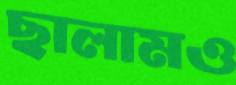
ছালামও